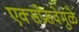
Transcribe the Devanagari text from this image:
एक्सप्रेसवेमुळे